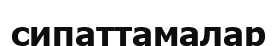
сипаттамалар